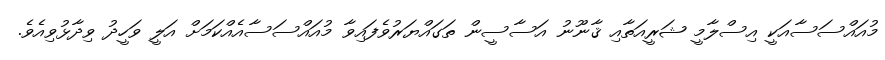
މުއައްސަސާއަކީ އިސްލާމީ ޝަރީއަތާއި ޤާނޫނު އަސާސީން ތަގައްޔަރުވެފައިވާ މުއައްސަސާއެއްކަމަށް އަލީ ވަހީދު ވިދާޅުވިއެވެ.